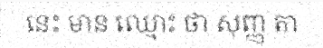
នេះ មាន ឈ្មោះ ថា សុញ្ញ តា